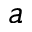
a